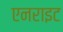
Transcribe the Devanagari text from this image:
एनराइट